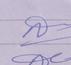
Signature authenticity: forged